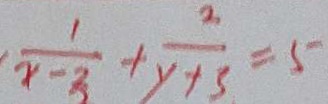
\frac { 1 } { x - 3 } + \frac { 2 } { y + 3 } = 5